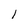
Character: l